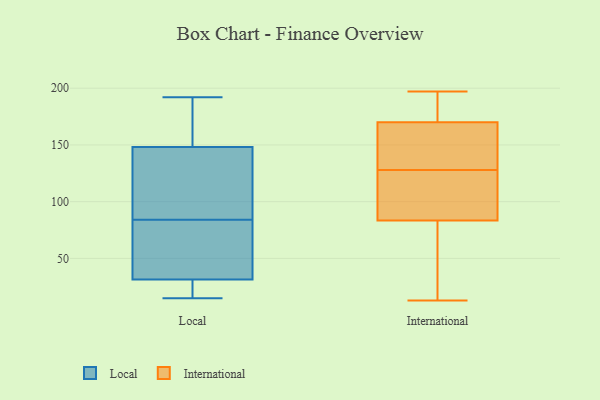
{"axis": {"x": "Net Income (USD K)", "y": "Value"}, "legend": ["International", "Local"], "data": [{"x": "", "y": 101, "type": "Local"}, {"x": "", "y": 25, "type": "Local"}, {"x": "", "y": 164, "type": "Local"}, {"x": "", "y": 30, "type": "Local"}, {"x": "", "y": 73, "type": "Local"}, {"x": "", "y": 31, "type": "Local"}, {"x": "", "y": 92, "type": "Local"}, {"x": "", "y": 182, "type": "Local"}, {"x": "", "y": 84, "type": "Local"}, {"x": "", "y": 188, "type": "Local"}, {"x": "", "y": 33, "type": "Local"}, {"x": "", "y": 192, "type": "Local"}, {"x": "", "y": 56, "type": "Local"}, {"x": "", "y": 98, "type": "Local"}, {"x": "", "y": 15, "type": "Local"}, {"x": "", "y": 168, "type": "International"}, {"x": "", "y": 163, "type": "International"}, {"x": "", "y": 172, "type": "International"}, {"x": "", "y": 31, "type": "International"}, {"x": "", "y": 115, "type": "International"}, {"x": "", "y": 13, "type": "International"}, {"x": "", "y": 58, "type": "International"}, {"x": "", "y": 133, "type": "International"}, {"x": "", "y": 111, "type": "International"}, {"x": "", "y": 24, "type": "International"}, {"x": "", "y": 118, "type": "International"}, {"x": "", "y": 139, "type": "International"}, {"x": "", "y": 197, "type": "International"}, {"x": "", "y": 192, "type": "International"}, {"x": "", "y": 176, "type": "International"}, {"x": "", "y": 123, "type": "International"}, {"x": "", "y": 147, "type": "International"}, {"x": "", "y": 193, "type": "International"}, {"x": "", "y": 42, "type": "International"}, {"x": "", "y": 109, "type": "International"}]}